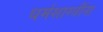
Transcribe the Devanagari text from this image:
धर्मशास्त्रींना